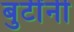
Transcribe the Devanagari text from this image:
बुटींनी